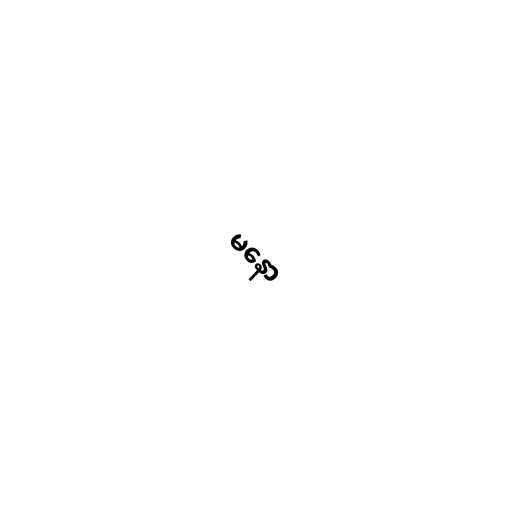
မနော